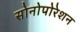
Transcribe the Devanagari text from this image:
सोनोपोरेशन